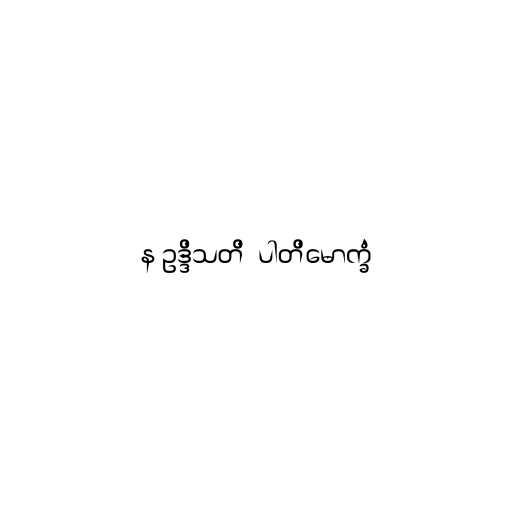
န ဥဒ္ဒိသတိ  ပါတိမောက္ခံ